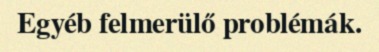
Egyéb felmerülő problémák.